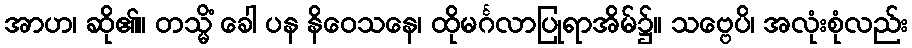
အာဟ၊ ဆို၏။ တသ္မိံ ခေါ ပန နိဝေသနေ၊ ထိုမင်္ဂလာပြုရာအိမ်၌။ သဗ္ဗေပိ၊ အလုံးစုံလည်း